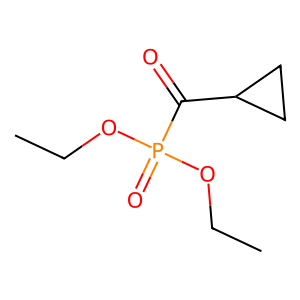
SMILES: CCOP(=O)(OCC)C(=O)C1CC1
Inhibits HIV replication: No